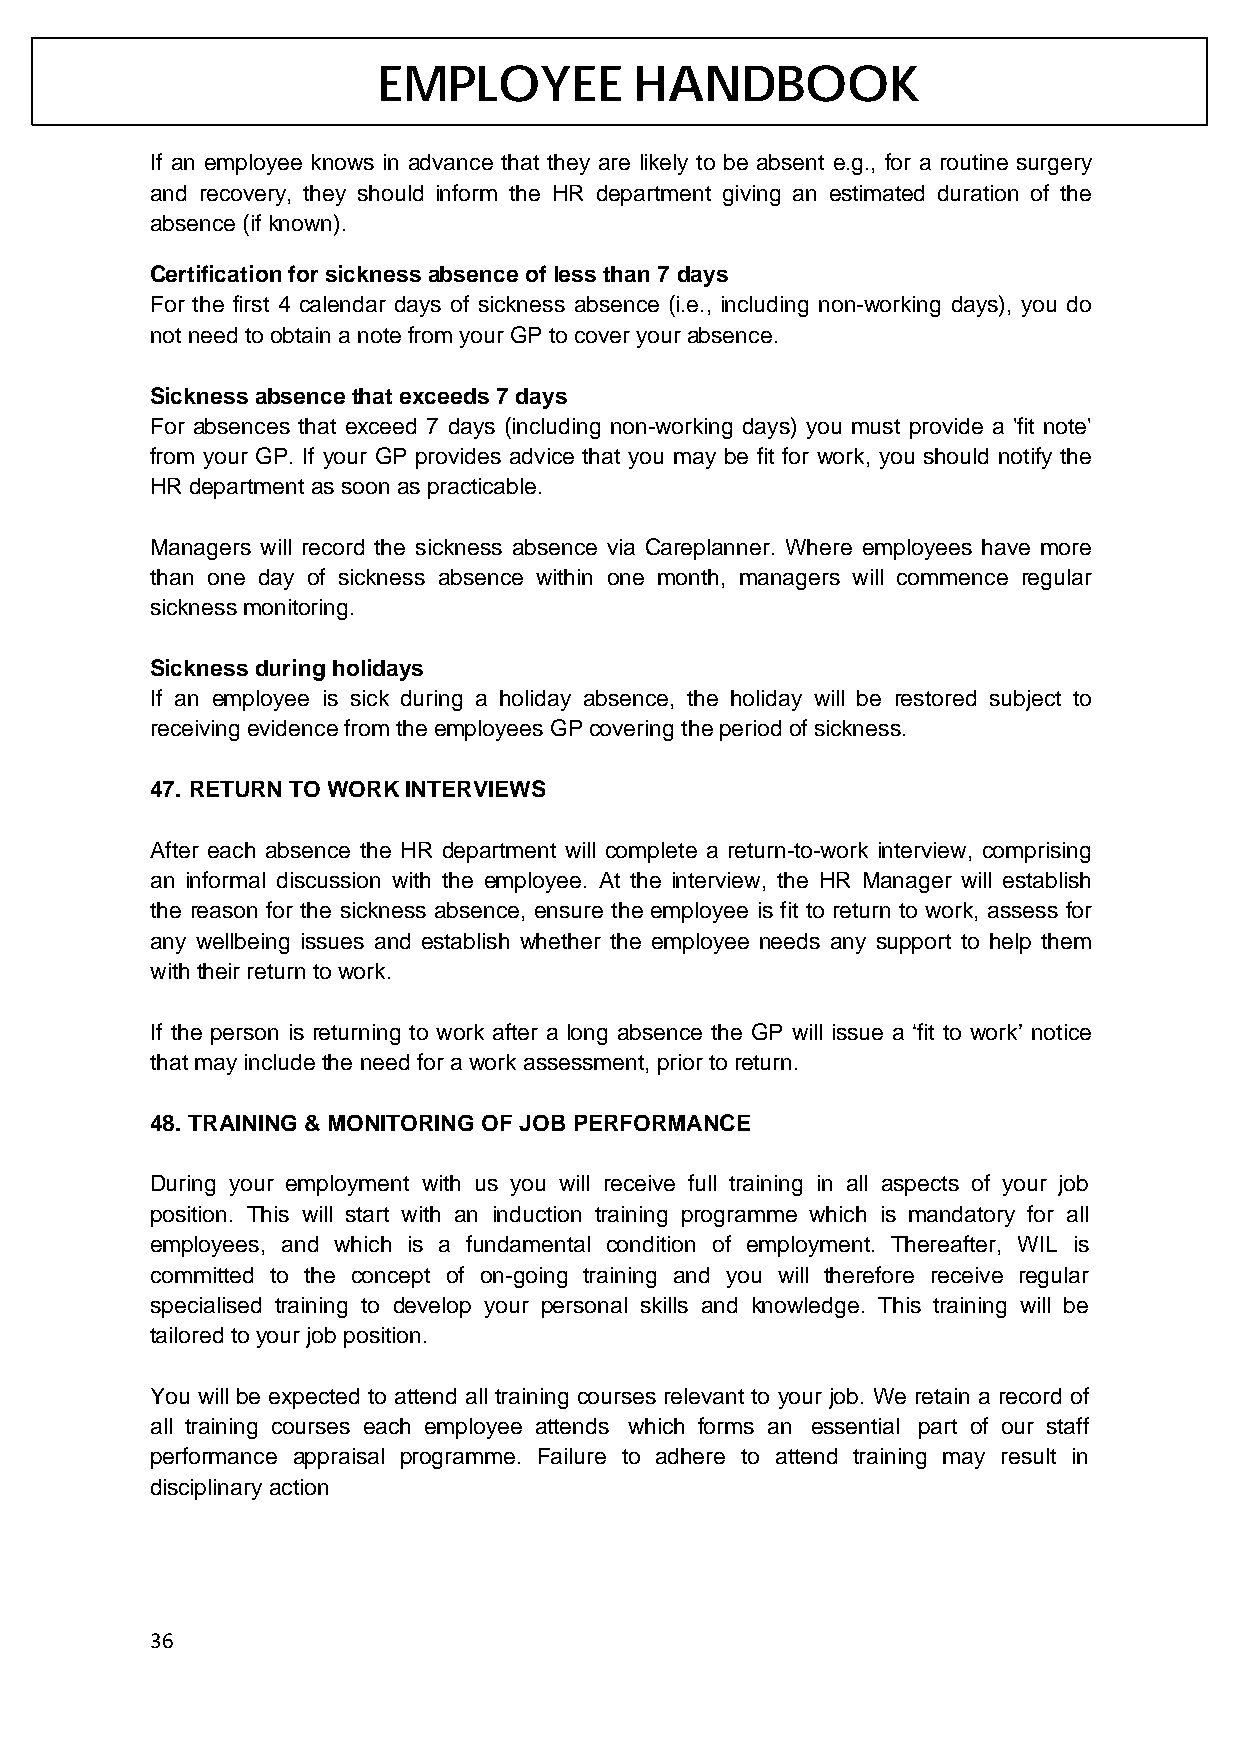
EMPLOYEE         HANDBOOK
 If an employee knows in advance that they are likely to be absent e.g., for a routine surgery
 and recovery, they should inform the HR department giving an estimated duration of the
 absence (if known).
 Certification for sickness absence of less than 7 days
 For the first 4 calendar days of sickness absence (i.e., including non-working days), you do
 not need to obtain a note from your GP to cover your absence.
 Sickness absence that exceeds 7 days
 For absences that exceed 7 days (including non-working days) you must provide a 'fit note'
 from your GP. If your GP provides advice that you may be fit for work, you should notify the
 HR department as soon as practicable.
 Managers will record the sickness absence via Careplanner. Where employees have more
 than one day of sickness absence within one month, managers will commence regular
 sickness monitoring.
 Sickness during holidays
 If an employee is sick during a holiday absence, the holiday will be restored subject to
 receiving evidence from the employees GP covering the period of sickness.
 47. RETURN TO WORK INTERVIEWS
 After each absence the HR department will complete a return-to-work interview, comprising
 an informal discussion with the employee. At the interview, the HR Manager will establish
 the reason for the sickness absence, ensure the employee is fit to return to work, assess for
 any wellbeing issues and establish whether the employee needs any support to help them
 with their return to work.
 If the person is returning to work after a long absence the GP will issue a ‘fit to work’ notice
 that may include the need for a work assessment, prior to return.
 48. TRAINING & MONITORING OF JOB PERFORMANCE
 During your employment with us you will receive full training in all aspects of your job
 position. This will start with an induction training programme which is mandatory for all
 employees, and which is a fundamental condition of employment. Thereafter, WIL is
 committed to the concept of on-going training and you will therefore receive regular
 specialised training to develop your personal skills and knowledge. This training will be
 tailored to your job position.
 You will be expected to attend all training courses relevant to your job. We retain a record of
 all training courses each employee attends which forms an essential part of our staff
 performance appraisal programme. Failure to adhere to attend training may result in
 disciplinary action
 36